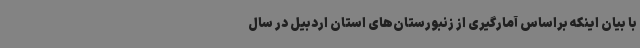
با بیان اینکه براساس آمارگیری از زنبورستان‌های استان اردبیل در سال